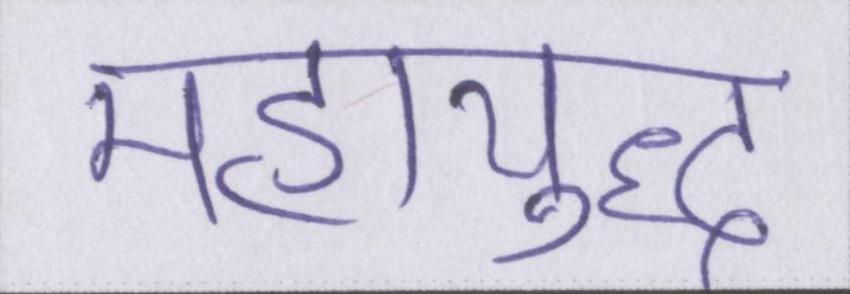
महायुद्ध